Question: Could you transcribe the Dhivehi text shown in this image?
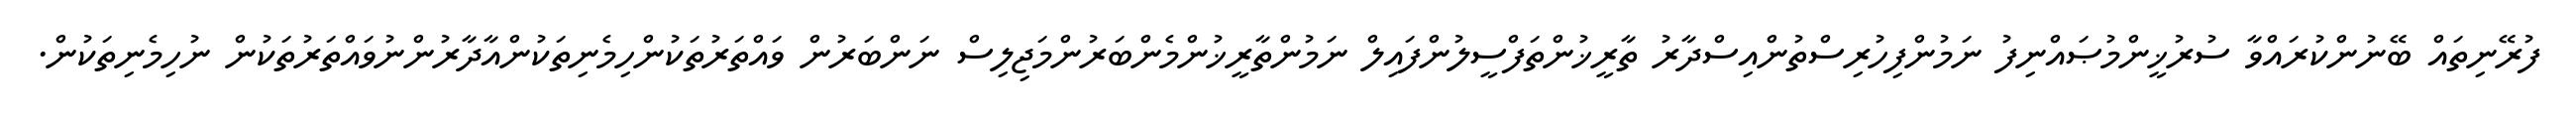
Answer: ފުރޭނިތައް ބޭނުންކުރައްވާ ސުރުޚީންމުޞައްނިފު ނަމުންފިހުރިސްތުންއިސްދާރު ތާރީޚުންތަފްސީލުންފައިލް ނަމުންތާރީޚުންމެންބަރުންމަޖިލިސް ނަންބަރުން ވައްތަރުތަކުންހިމެނިތަކުންއާދާރުންނުވައްތަރުތަކުން ނުހިމެނިތަކުން.